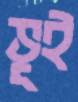
ভূই